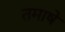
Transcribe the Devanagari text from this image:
तमाषे